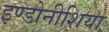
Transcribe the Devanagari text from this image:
इण्डोनीशिया